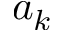
a _ { k }